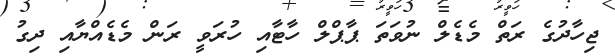
ޖިހާދުގެ ރަތް މެޑެލް ނުވަތަ ޕާޕްލް ހާޓާއި ހުރަވީ ރަން މެޑެއްޔާއި ދިގު